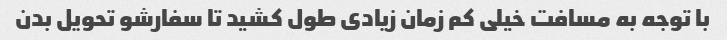
با توجه به مسافت خیلی کم زمان زیادی طول کشید تا سفارشو تحویل بدن